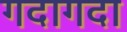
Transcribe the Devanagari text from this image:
गदागदा